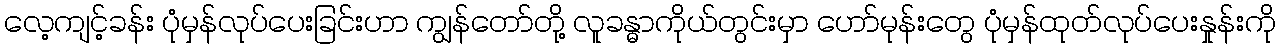
လေ့ကျင့်ခန်း ပုံမှန်လုပ်ပေးခြင်းဟာ ကျွန်တော်တို့ လူခန္ဓာကိုယ်တွင်းမှာ ဟော်မုန်းတွေ ပုံမှန်ထုတ်လုပ်ပေးနှုန်းကို